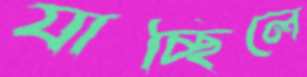
যাচ্ছিলে